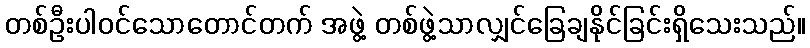
တစ်ဦးပါဝင်သောတောင်တက် အဖွဲ့ တစ်ဖွဲ့သာလျှင်ခြေချနိုင်ခြင်းရှိသေးသည်။